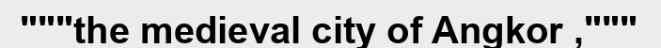
"""the medieval city of Angkor ,"""